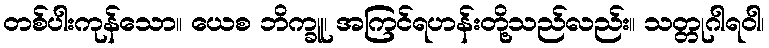
တစ်ပါးကုန်သော။ ယေစ ဘိက္ခူ၊ အကြင်ရဟန်းတို့သည်လည်း။ သတ္တုဂါရဝါ၊